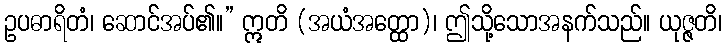
ဥပဓာရိတံ၊ ဆောင်အပ်၏။” ဣတိ (အယံအတ္ထော)၊ ဤသို့သောအနက်သည်။ ယုဇ္ဇတိ၊